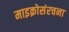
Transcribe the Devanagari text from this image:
माइक्रोसंरचना